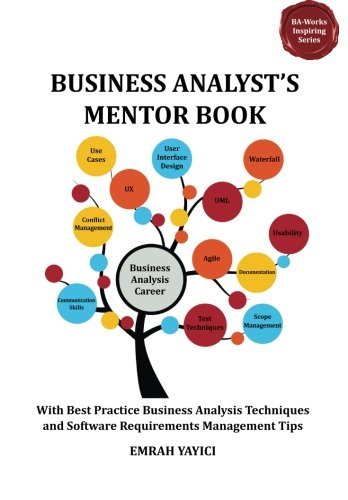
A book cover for Business Analyst's Mentor Book: With Best Practice Business Analysis Techniques and Software Requirements Management Tips (Ba-Works Inspiring); Emrah Yayici; Computers & Technology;